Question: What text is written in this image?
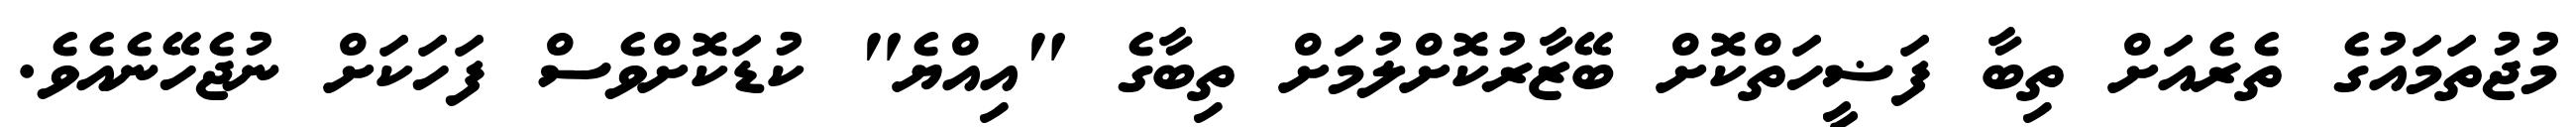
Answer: މުޖުތަމައުގެ ތެރެއަށް ތިބާ ފަޟީހަތްކޮށް ބޭޒާރުކޮށްލުމަށް ތިބާގެ "އިއްޔެ" ކުޑަކޮށްވެސް ފަހަކަށް ނުޖެހޭނެއެވެ.